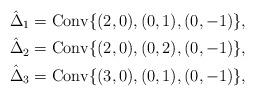
LaTeX: \begin{align*}\hat{\Delta}_1&=\mathrm{Conv}\{ (2,0),(0,1),(0,-1) \}, \\\hat{\Delta}_2&=\mathrm{Conv}\{ (2,0),(0,2),(0,-1) \}, \\\hat{\Delta}_3&=\mathrm{Conv}\{ (3,0),(0,1),(0,-1) \}, \end{align*}